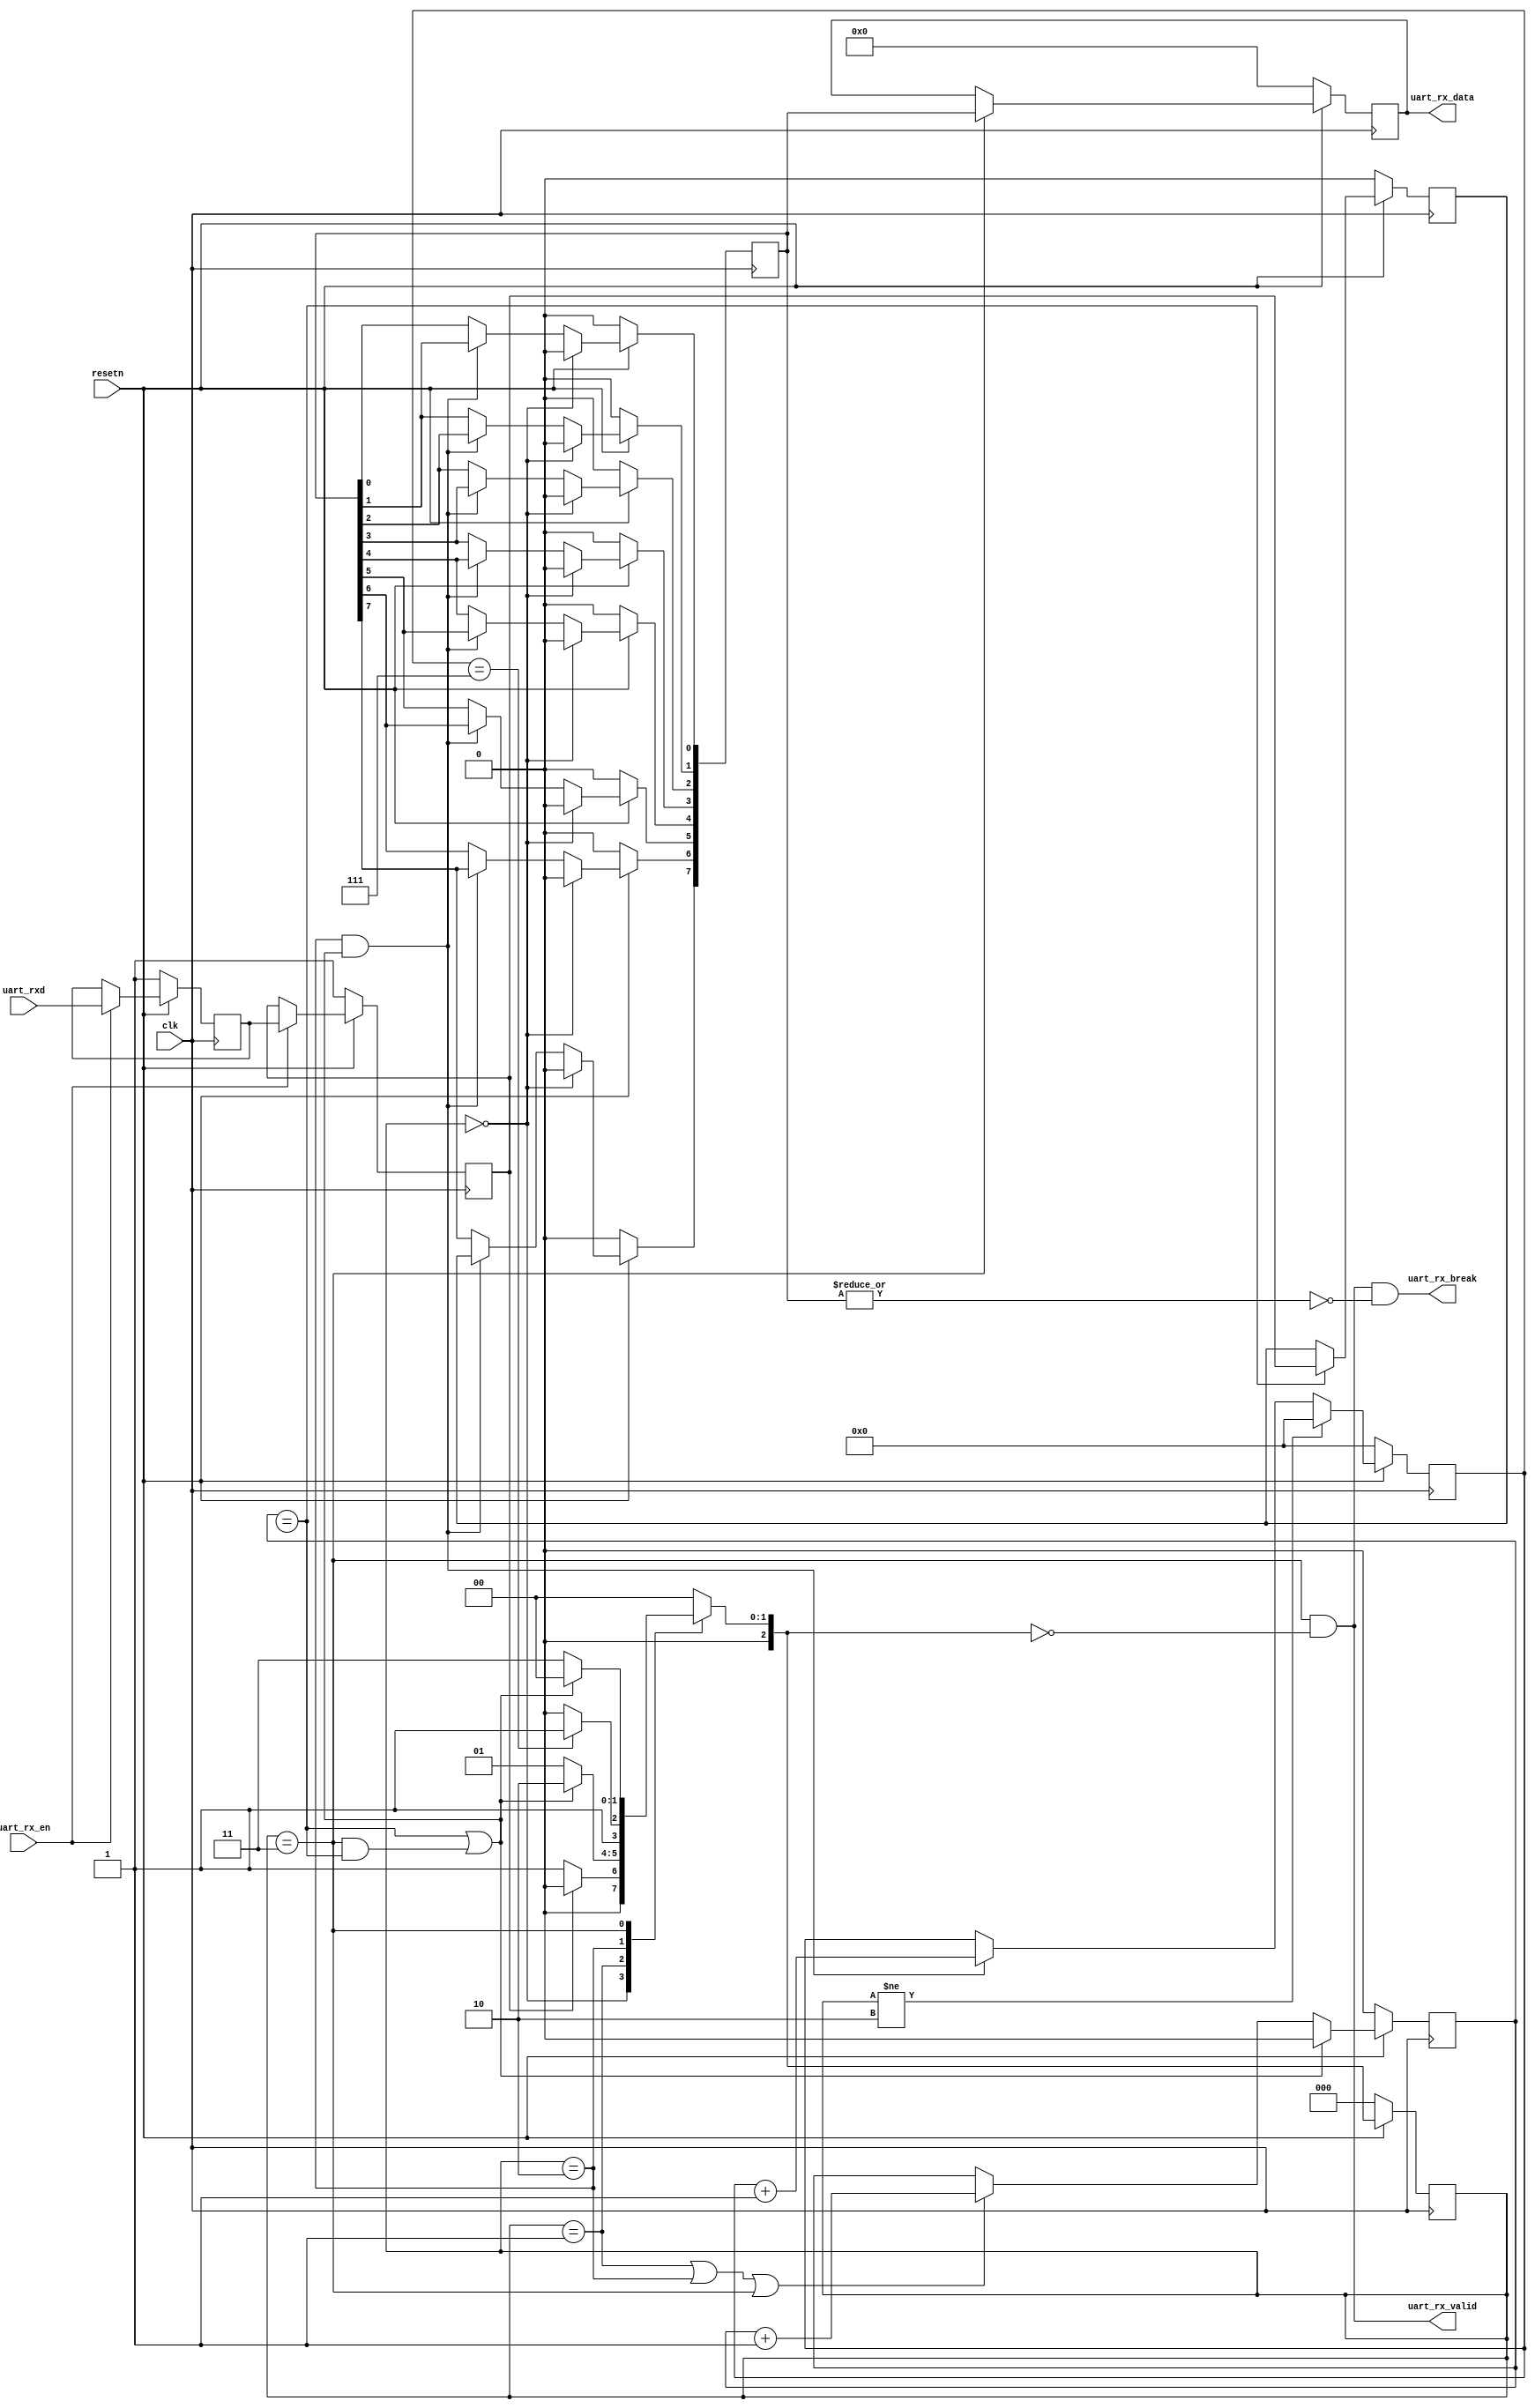
module UART_RX(
    input wire clk, 
    input wire resetn, 
    input wire uart_rxd, 
    input wire uart_rx_en, 
    output wire uart_rx_break, 
    output wire uart_rx_valid, 
    output reg  [7:0] uart_rx_data   
    );
    parameter BIT_RATE= 9600; // bits / sec
    localparam BIT_P=1_000_000_000*1/BIT_RATE;
    parameter CLK_HZ=0_000_000;
    localparam CLK_P=1_000_000_000*1/CLK_HZ;
    parameter STOP_BITS=1;
    localparam CYCLES_PER_BIT=BIT_P/CLK_P;
    localparam COUNT_REG_LEN=1+$clog2(CYCLES_PER_BIT);
    reg rxd_reg;
    reg rxd_reg_0;
    reg [7:0] recieved_data;
    reg [COUNT_REG_LEN-1:0] cycle_counter;
    reg [3:0] bit_counter;
    reg bit_sample;
    reg [2:0] fsm_state;
    reg [2:0] n_fsm_state;

    localparam FSM_IDLE = 0;
    localparam FSM_START= 1;
    localparam FSM_RECV = 2;
    localparam FSM_STOP = 3;

    assign uart_rx_break = uart_rx_valid && ~|recieved_data;
    assign uart_rx_valid = fsm_state == FSM_STOP && n_fsm_state == FSM_IDLE;

    always @(posedge clk) begin
        if(!resetn) begin
            uart_rx_data  <= {7{1'b0}};
        end else if (fsm_state == FSM_STOP) begin
            uart_rx_data  <= recieved_data;
        end
    end
    wire next_bit = cycle_counter == CYCLES_PER_BIT ||
                            fsm_state       == FSM_STOP && 
                            cycle_counter   == CYCLES_PER_BIT/2;
    wire payload_done = bit_counter   == 7  ;
    always @(*) begin : p_n_fsm_state
        case(fsm_state)
            FSM_IDLE : n_fsm_state = rxd_reg      ? FSM_IDLE : FSM_START;
            FSM_START: n_fsm_state = next_bit     ? FSM_RECV : FSM_START;
            FSM_RECV : n_fsm_state = payload_done ? FSM_STOP : FSM_RECV ;
            FSM_STOP : n_fsm_state = next_bit     ? FSM_IDLE : FSM_STOP ;
            default  : n_fsm_state = FSM_IDLE;
        endcase
    end
    integer i = 0;
    always @(posedge clk) begin : p_recieved_data
        if(!resetn) begin
            recieved_data <= {7{1'b0}};
        end else if(fsm_state == FSM_IDLE             ) begin
            recieved_data <= {7{1'b0}};
        end else if(fsm_state == FSM_RECV && next_bit ) begin
            recieved_data[7] <= bit_sample;
            for ( i = 6; i >= 0; i = i - 1) begin
                recieved_data[i] <= recieved_data[i+1];
            end
        end
    end
    always @(posedge clk) begin : p_bit_counter
        if(!resetn) begin
            bit_counter <= 4'b0;
        end else if(fsm_state != FSM_RECV) begin
            bit_counter <= {COUNT_REG_LEN{1'b0}};
        end else if(fsm_state == FSM_RECV && next_bit) begin
            bit_counter <= bit_counter + 1'b1;
        end
    end
    always @(posedge clk) begin : p_bit_sample
        if(!resetn) begin
            bit_sample <= 1'b0;
        end else if (cycle_counter == CYCLES_PER_BIT/2) begin
            bit_sample <= rxd_reg;
        end
    end
    always @(posedge clk) begin : p_cycle_counter
        if(!resetn) begin
            cycle_counter <= {COUNT_REG_LEN{1'b0}};
        end else if(next_bit) begin
            cycle_counter <= {COUNT_REG_LEN{1'b0}};
        end else if(fsm_state == FSM_START || 
                    fsm_state == FSM_RECV  || 
                    fsm_state == FSM_STOP   ) begin
            cycle_counter <= cycle_counter + 1'b1;
        end
    end
    always @(posedge clk) begin : p_fsm_state
        if(!resetn) begin
            fsm_state <= FSM_IDLE;
        end else begin
            fsm_state <= n_fsm_state;
        end
    end
    always @(posedge clk) begin : p_rxd_reg
        if(!resetn) begin
            rxd_reg     <= 1'b1;
            rxd_reg_0   <= 1'b1;
        end else if(uart_rx_en) begin
            rxd_reg     <= rxd_reg_0;
            rxd_reg_0   <= uart_rxd;
        end
    end
endmodule